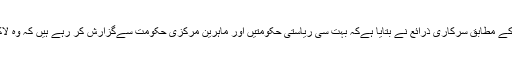
نیوز ایجنسی اے این آئی کے مطابق سرکاری ذرائع نے بتایا ہےکہ بہت سی ریاستی حکومتیں اور ماہرین مرکزی حکومت سےگزارش کر رہے ہیں کہ وہ لاک ڈاون میں توسیع کرے۔